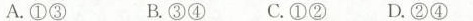
A.①③ B.③④ C.①②D.②④